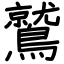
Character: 鷲